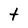
Character: t